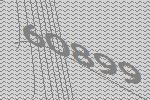
60899